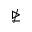
\ntrianglerighteq